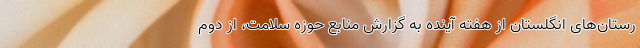
رستان‌های انگلستان از هفته‌ آینده به گزارش منابع حوزه سلامت، از دوم